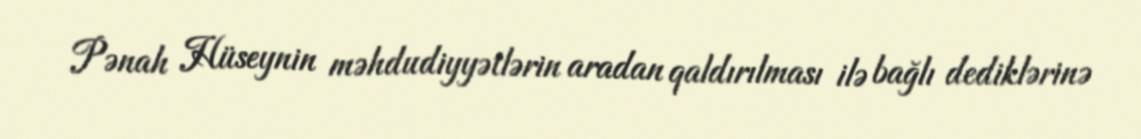
Pənah Hüseynin məhdudiyyətlərin aradan qaldırılması ilə bağlı dediklərinə